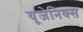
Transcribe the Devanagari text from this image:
यूजेनिक्स